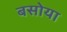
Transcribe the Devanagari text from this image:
बसोया